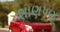
શાણપણ